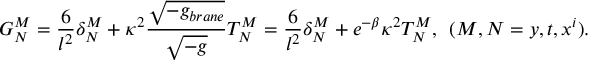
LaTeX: G _ { N } ^ { M } = \frac { 6 } { l ^ { 2 } } \delta _ { N } ^ { M } + \kappa ^ { 2 } \frac { \sqrt { - g _ { b r a n e } } } { \sqrt { - g } } T _ { N } ^ { M } = \frac { 6 } { l ^ { 2 } } \delta _ { N } ^ { M } + e ^ { - \beta } \kappa ^ { 2 } T _ { N } ^ { M } , \: \: ( M , N = y , t , x ^ { i } ) .